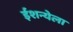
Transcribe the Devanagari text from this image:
ईशन्येला